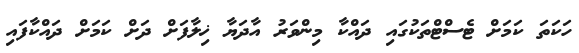
ހަކަތަ ކަމަށް ޓެސްޓްތަކުގައި ދައްކާ މިންވަރު އާދަޔާ ޚިލާފަށް ދަށް ކަމަށް ދައްކާފައި